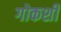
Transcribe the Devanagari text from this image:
गोकशी